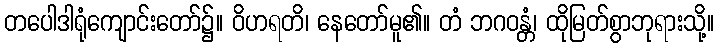
တပေါဒါရုံကျောင်းတော်၌။ ဝိဟရတိ၊ နေတော်မူ၏။ တံ ဘဂဝန္တံ၊ ထိုမြတ်စွာဘုရားသို့။